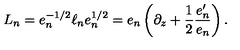
L _ { n } = e _ { n } ^ { - 1 / 2 } \ell _ { n } e _ { n } ^ { 1 / 2 } = e _ { n } \left( \partial _ { z } + { \frac { 1 } { 2 } } { \frac { e _ { n } ^ { \prime } } { e _ { n } } } \right) .